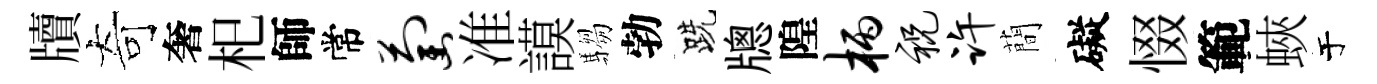
牘奇奢𣏌師常萄准謨騶勃跣牕隍柄祝许蕳礙惙範蛺于